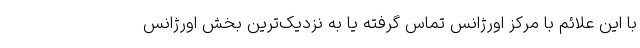
با این علائم با مرکز اورژانس تماس گرفته یا به نزدیک‌ترین بخش اورژانس